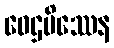
ဝေဌမိဿေန